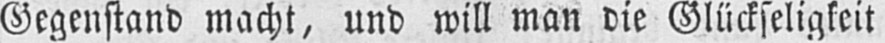
Gegenstand macht, und will man die Glückseligkeit